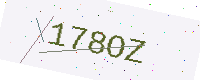
Text: 178OZ